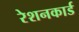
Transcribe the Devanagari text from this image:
रेशनकार्ड